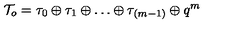
{ \cal T } _ { o } = \tau _ { 0 } \oplus \tau _ { 1 } \oplus \ldots \oplus \tau _ { ( m - 1 ) } \oplus q ^ { m }